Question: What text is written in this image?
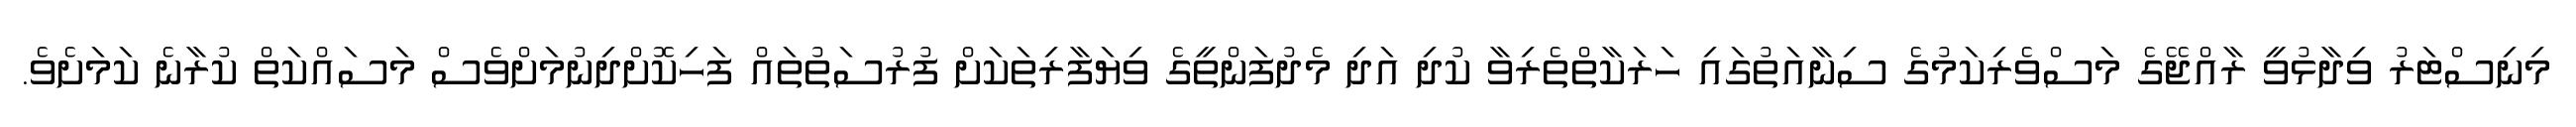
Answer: މިނިސްޓަރު ވިދާޅުވީ ރާއްޖޭގެ މަސްވެރިކަމުގެ ސިނާއަތުގައި ހަރަކާތްތެރިވާ ކުދި އަދި މެދުފަންތީގެ ވިޔަފާރިތަކަށް ފުރުސަތުތައް ފަހިކޮށްދިނުމަށްވެސް މަސައްކަތް ކުރާނެ ކަމަށެވެ.